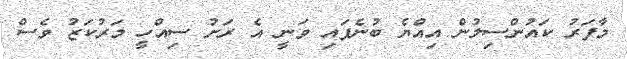
މާފަރު ކައުންސިލުން އިއްޔެ ބުނެފައި ވަނީ އެ ރަށު ސިއްހީ މަރުކަޒު ވެސް